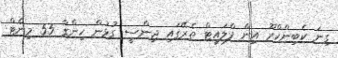
ގިނަ ކެބިންކްރޫ އިން ފްލައިޓް ތެރޭގައި ޖިންސީ ގުޅުން ހިންގާ 55 މިނެޓް